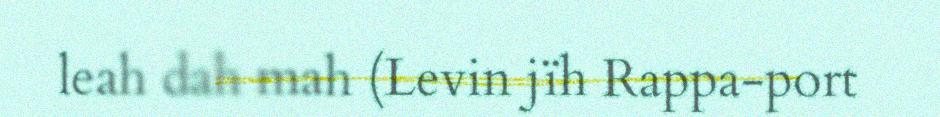
leah dah mah (Levin jïh Rappa-port